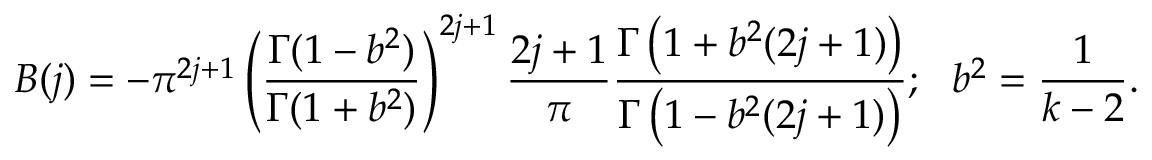
B ( j ) = - { \pi } ^ { 2 j + 1 } \left( \frac { \Gamma ( 1 - b ^ { 2 } ) } { \Gamma ( 1 + b ^ { 2 } ) } \right) ^ { 2 j + 1 } \frac { 2 j + 1 } { \pi } \frac { \Gamma \left( 1 + b ^ { 2 } ( 2 j + 1 ) \right) } { \Gamma \left( 1 - b ^ { 2 } ( 2 j + 1 ) \right) } ; \ \ b ^ { 2 } = \frac { 1 } { k - 2 } .